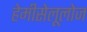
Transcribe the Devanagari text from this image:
हेमीसेलूलोज